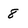
Character: 8